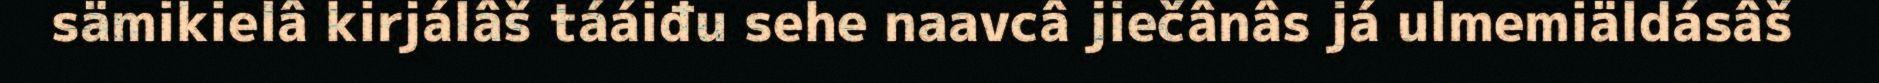
sämikielâ kirjálâš tááiđu sehe naavcâ jiečânâs já ulmemiäldásâš